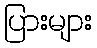
ပြားများ